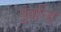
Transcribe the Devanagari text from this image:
पुर्वान्ह